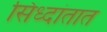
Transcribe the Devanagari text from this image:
सिध्दांतात